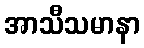
အာသီသမာနာ